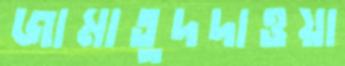
জামাতুদদাওয়া